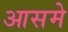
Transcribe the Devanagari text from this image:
आसमे